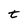
Character: t